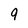
Character: 9